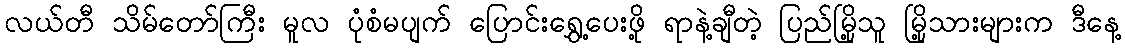
လယ်တီ သိမ်တော်ကြီး မူလ ပုံစံမပျက် ပြောင်းရွှေ့ပေးဖို့ ရာနဲ့ချီတဲ့ ပြည်မြို့သူ မြို့သားများက ဒီနေ့